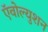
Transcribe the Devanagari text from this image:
ऍवोल्युशन